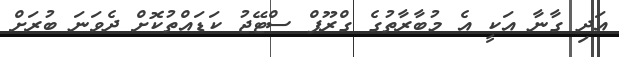
އަދި ގާނާ އަކީ އެ މުބާރާތުގެ ގްރޫޕް ސްޓޭޖު ކަޑައްތުކޮށް ދެވަނަ ބުރަށް